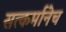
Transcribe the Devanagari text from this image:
सत्कर्मानेच